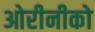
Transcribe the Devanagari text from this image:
ओरीनीको